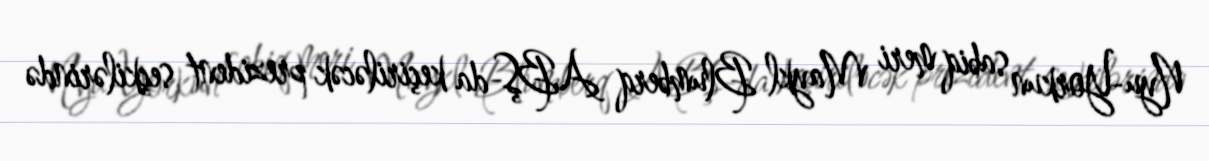
Nyu-Yorkun sabiq meri Maykl Blumberq ABŞ-da keçiriləcək prezident seçkilərində